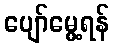
ပျော်မွေ့ရန်